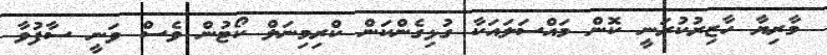
މާރިޔާ ހާޒިރުކުރަނީ ކޮން މައްސަލައަކާ ގުޅިގެންކަން ކްރިމިނަލް ކޯޓުން ވެސް ވަނީ ސާފުވާ